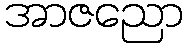
အာဇညော